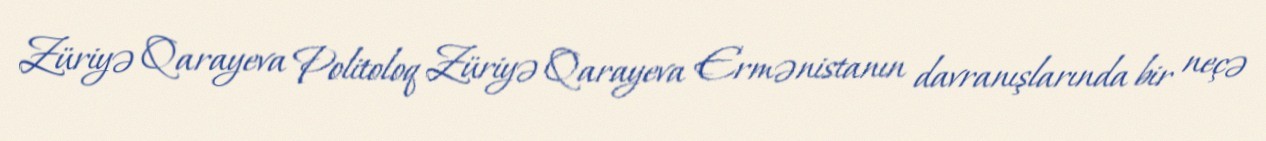
Züriyə Qarayeva Politoloq Züriyə Qarayeva Ermənistanın davranışlarında bir neçə